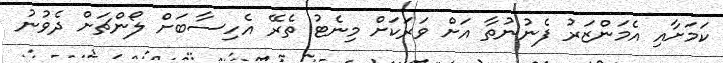
ކަމަށާއި އެމަންޒަރު ފެނުނުތާ އަށް ވަރަކަށް މިނެޓު ތެރޭ އެހިސާބަށް ލޯންޗަށް ދެވުނު